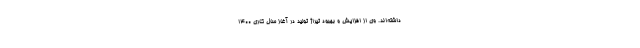
داشته‌اند. وی از افزایش و بهبود تیراژ تولید در آغاز سال کاری ۱۴۰۰